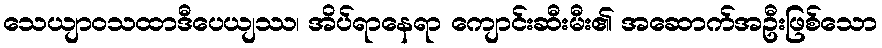
သေယျာဝသထာဒီပေယျဿ၊ အိပ်ရာနေရာ ကျောင်းဆီးမီး၏ အဆောက်အဦးဖြစ်သော